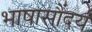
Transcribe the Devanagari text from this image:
भाषासौंदर्य